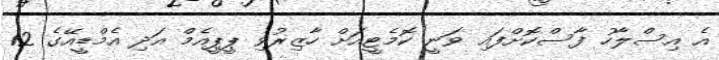
އެ އިސްލާހު ފާސްކޮށްފައި ވަނީ ކޮމެޓީއަށް ހާޒިރުވި ޕީޕީއެމް އަދި އެމްޑީއޭގެ 12